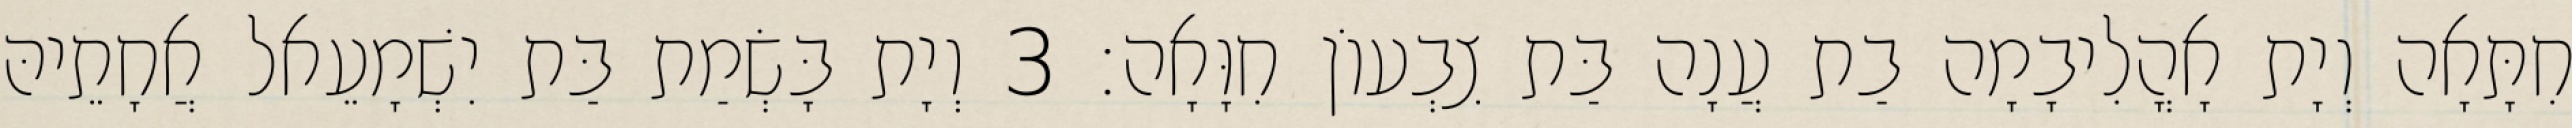
חִתָּאָה וְיָת אָהֳלִיבָמָה בַת עֲנָה בַּת צִבְעוֹן חִוָּאָה׃ 3 וְיָת בָּשְׂמַת בַּת יִשְׁמָעֵאל אֲחָתֵיהּ